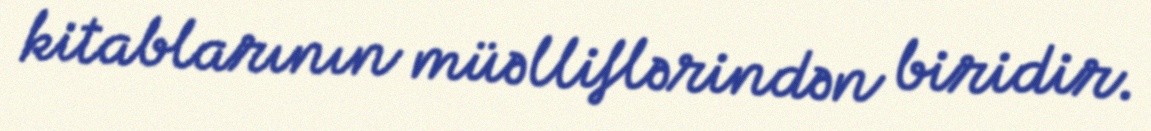
kitablarının müəlliflərindən biridir.